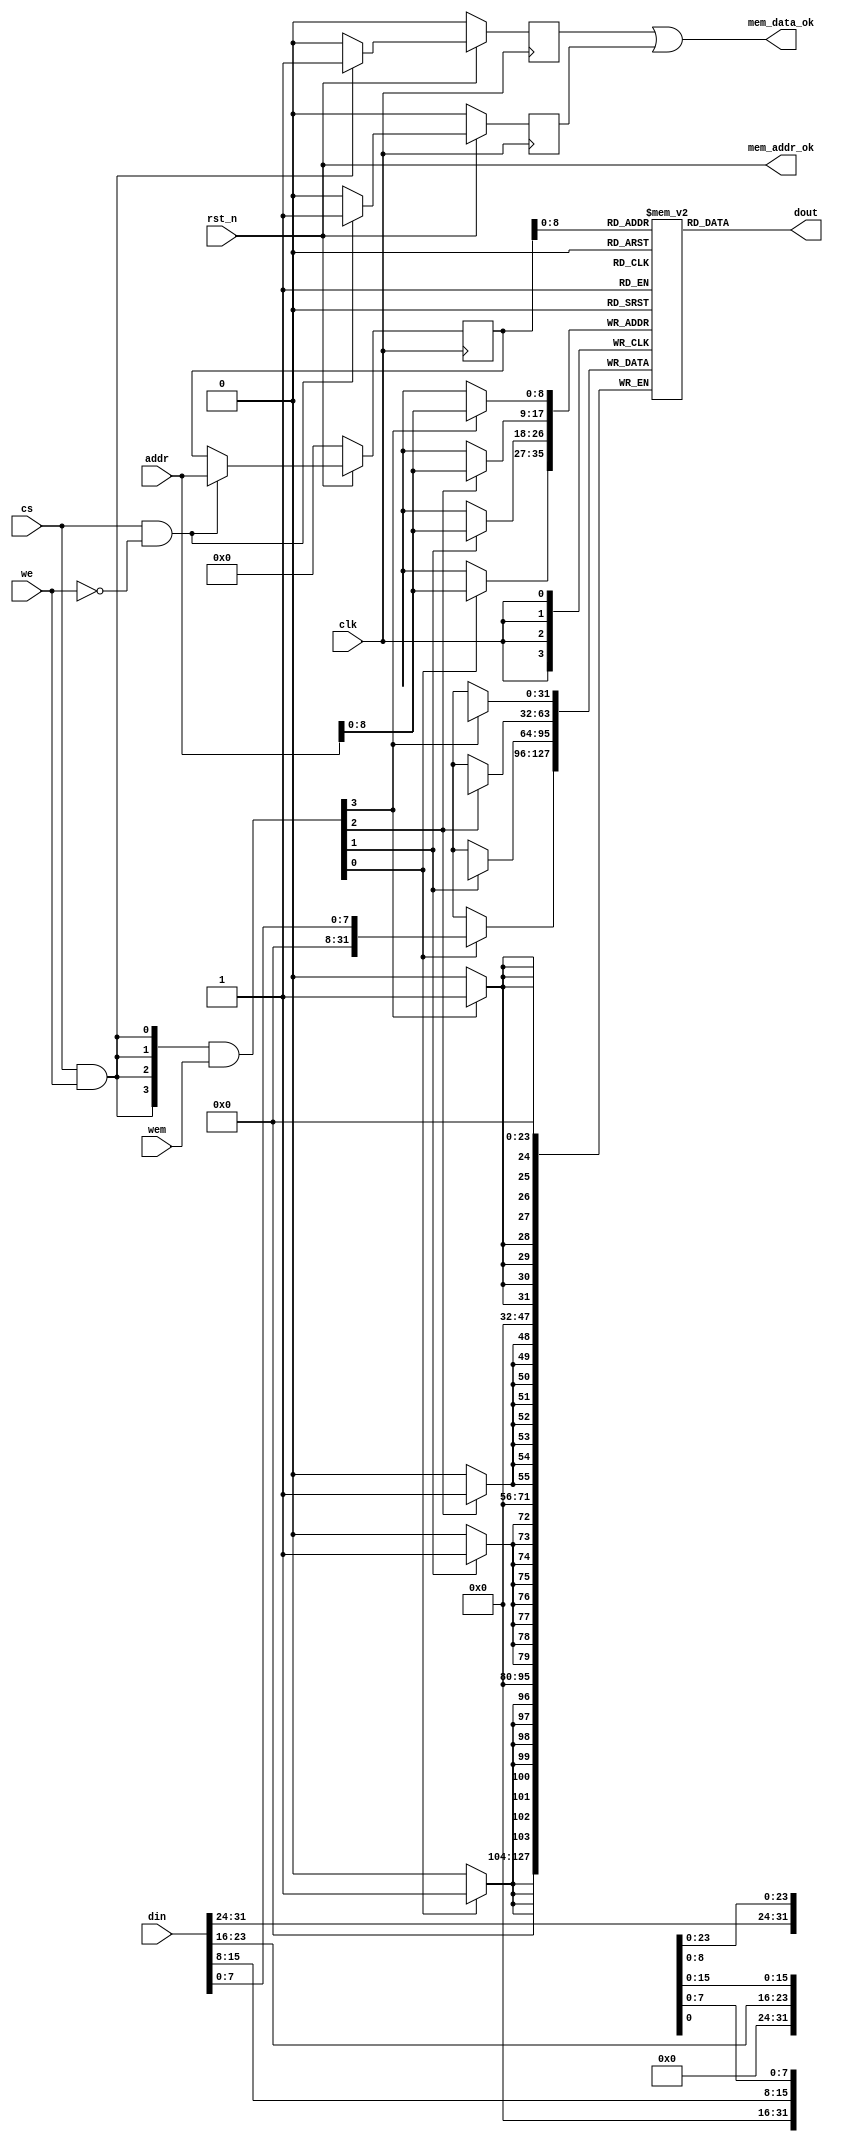
/*                                                                      
 Copyright 2018-2020 Nuclei System Technology, Inc.                
                                                                         
 Licensed under the Apache License, Version 2.0 (the "License");         
 you may not use this file except in compliance with the License.        
 You may obtain a copy of the License at                                 
                                                                         
     http://www.apache.org/licenses/LICENSE-2.0                          
                                                                         
  Unless required by applicable law or agreed to in writing, software    
 distributed under the License is distributed on an "AS IS" BASIS,       
 WITHOUT WARRANTIES OR CONDITIONS OF ANY KIND, either express or implied.
 See the License for the specific language governing permissions and     
 limitations under the License.                                          
 */                                                                      
                                                                         
                                                                         
                                                                         
//=====================================================================
//
// Designer   : Bob Hu
//
// Description:
//  The simulation model of SRAM
//
// ====================================================================
module sirv_sim_ram 
#(parameter DP = 512,
  parameter FORCE_X2ZERO = 0,
  parameter DW = 32,
  parameter MW = 4,
  parameter AW = 32 
)
(
  input             clk, 
  input  rst_n,
  input  [DW-1  :0] din, 
  input  [AW-1  :0] addr,
  input             cs,
  input             we,
  input  [MW-1:0]   wem,
  output [DW-1:0]   dout,
  output mem_addr_ok,
  output mem_data_ok
);

    reg [DW-1:0] mem_r [0:DP-1];
    reg [AW-1:0] addr_r;
    wire [MW-1:0] wen;
    wire ren;


    reg read_data_ok;
    reg write_data_ok;
    assign mem_addr_ok = rst_n;
    assign mem_data_ok = write_data_ok | read_data_ok;
    
    assign ren = cs & (~we);
    assign wen = ({MW{cs & we}} & wem);
    
//    integer j;
//    initial begin
//        for( j = 0; j < DP; j = j + 1)begin
//            mem_r[j] <= 32'hffffffff;  
//       end
//    end

    genvar i;

    always @(posedge clk)
    begin
        if(~rst_n)begin
            addr_r <= 0;
            read_data_ok <= 1'b0;
        end
        else if (ren)begin
            addr_r <= addr;
            read_data_ok <= 1'b1;
        end
        else begin
            read_data_ok <= 1'b0;
        end
    end
    
    always @(posedge clk)
    begin
        if(~rst_n)begin
            write_data_ok <= 1'b0;
        end
        else if (cs & we)begin
            write_data_ok <= 1'b1;
        end
        else begin
            write_data_ok <= 1'b0;
        end
    end
    
    generate
      for (i = 0; i < MW; i = i+1) begin :mem
        if((8*i+8) > DW ) begin: last
          always @(posedge clk) begin
            if (wen[i]) begin
               mem_r[addr][DW-1:8*i] <= din[DW-1:8*i];
            end
          end
        end
        else begin: non_last
          always @(posedge clk) begin
            if (wen[i]) begin
               mem_r[addr][8*i+7:8*i] <= din[8*i+7:8*i];
            end
          end
        end
      end
    endgenerate
//    generate
//      for (i = 0; i < MW; i = i+1) begin :mem
//        if((8*i+8) > DW ) begin: last
//          always @(posedge clk) begin
//            if(~rst_n)begin
//               mem_r[addr][DW-1:8*i] <= 0;
//            end
//            else if (wen[i]) begin
//               mem_r[addr][DW-1:8*i] <= din[DW-1:8*i];
//            end
//          end
//        end
//        else begin: non_last
//          always @(posedge clk) begin
//            if(~rst_n)begin
//               mem_r[addr][8*i+7:8*i] <= 0;
//            end
//            else if (wen[i]) begin
//               mem_r[addr][8*i+7:8*i] <= din[8*i+7:8*i];
//            end
//          end
//        end
//      end
//    endgenerate

  wire [DW-1:0] dout_pre;
  assign dout_pre = mem_r[addr_r];

  generate
   if(FORCE_X2ZERO == 1) begin: force_x_to_zero
      for (i = 0; i < DW; i = i+1) begin:force_x_gen 
          `ifndef SYNTHESIS//{
         assign dout[i] = (dout_pre[i] === 1'bx) ? 1'b0 : dout_pre[i];
          `else//}{
         assign dout[i] = dout_pre[i];
          `endif//}
      end
   end
   else begin:no_force_x_to_zero
     assign dout = dout_pre;
   end
  endgenerate

 
endmodule